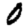
Digit: 0